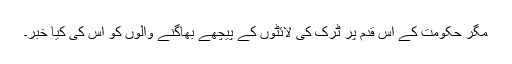
مگر حکومت کے اس قدم پر ٹرک کی لائٹوں کے پیچھے بھاگنے والوں کو اس کی کیا خبر۔